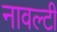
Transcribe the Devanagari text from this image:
नावल्‍टी